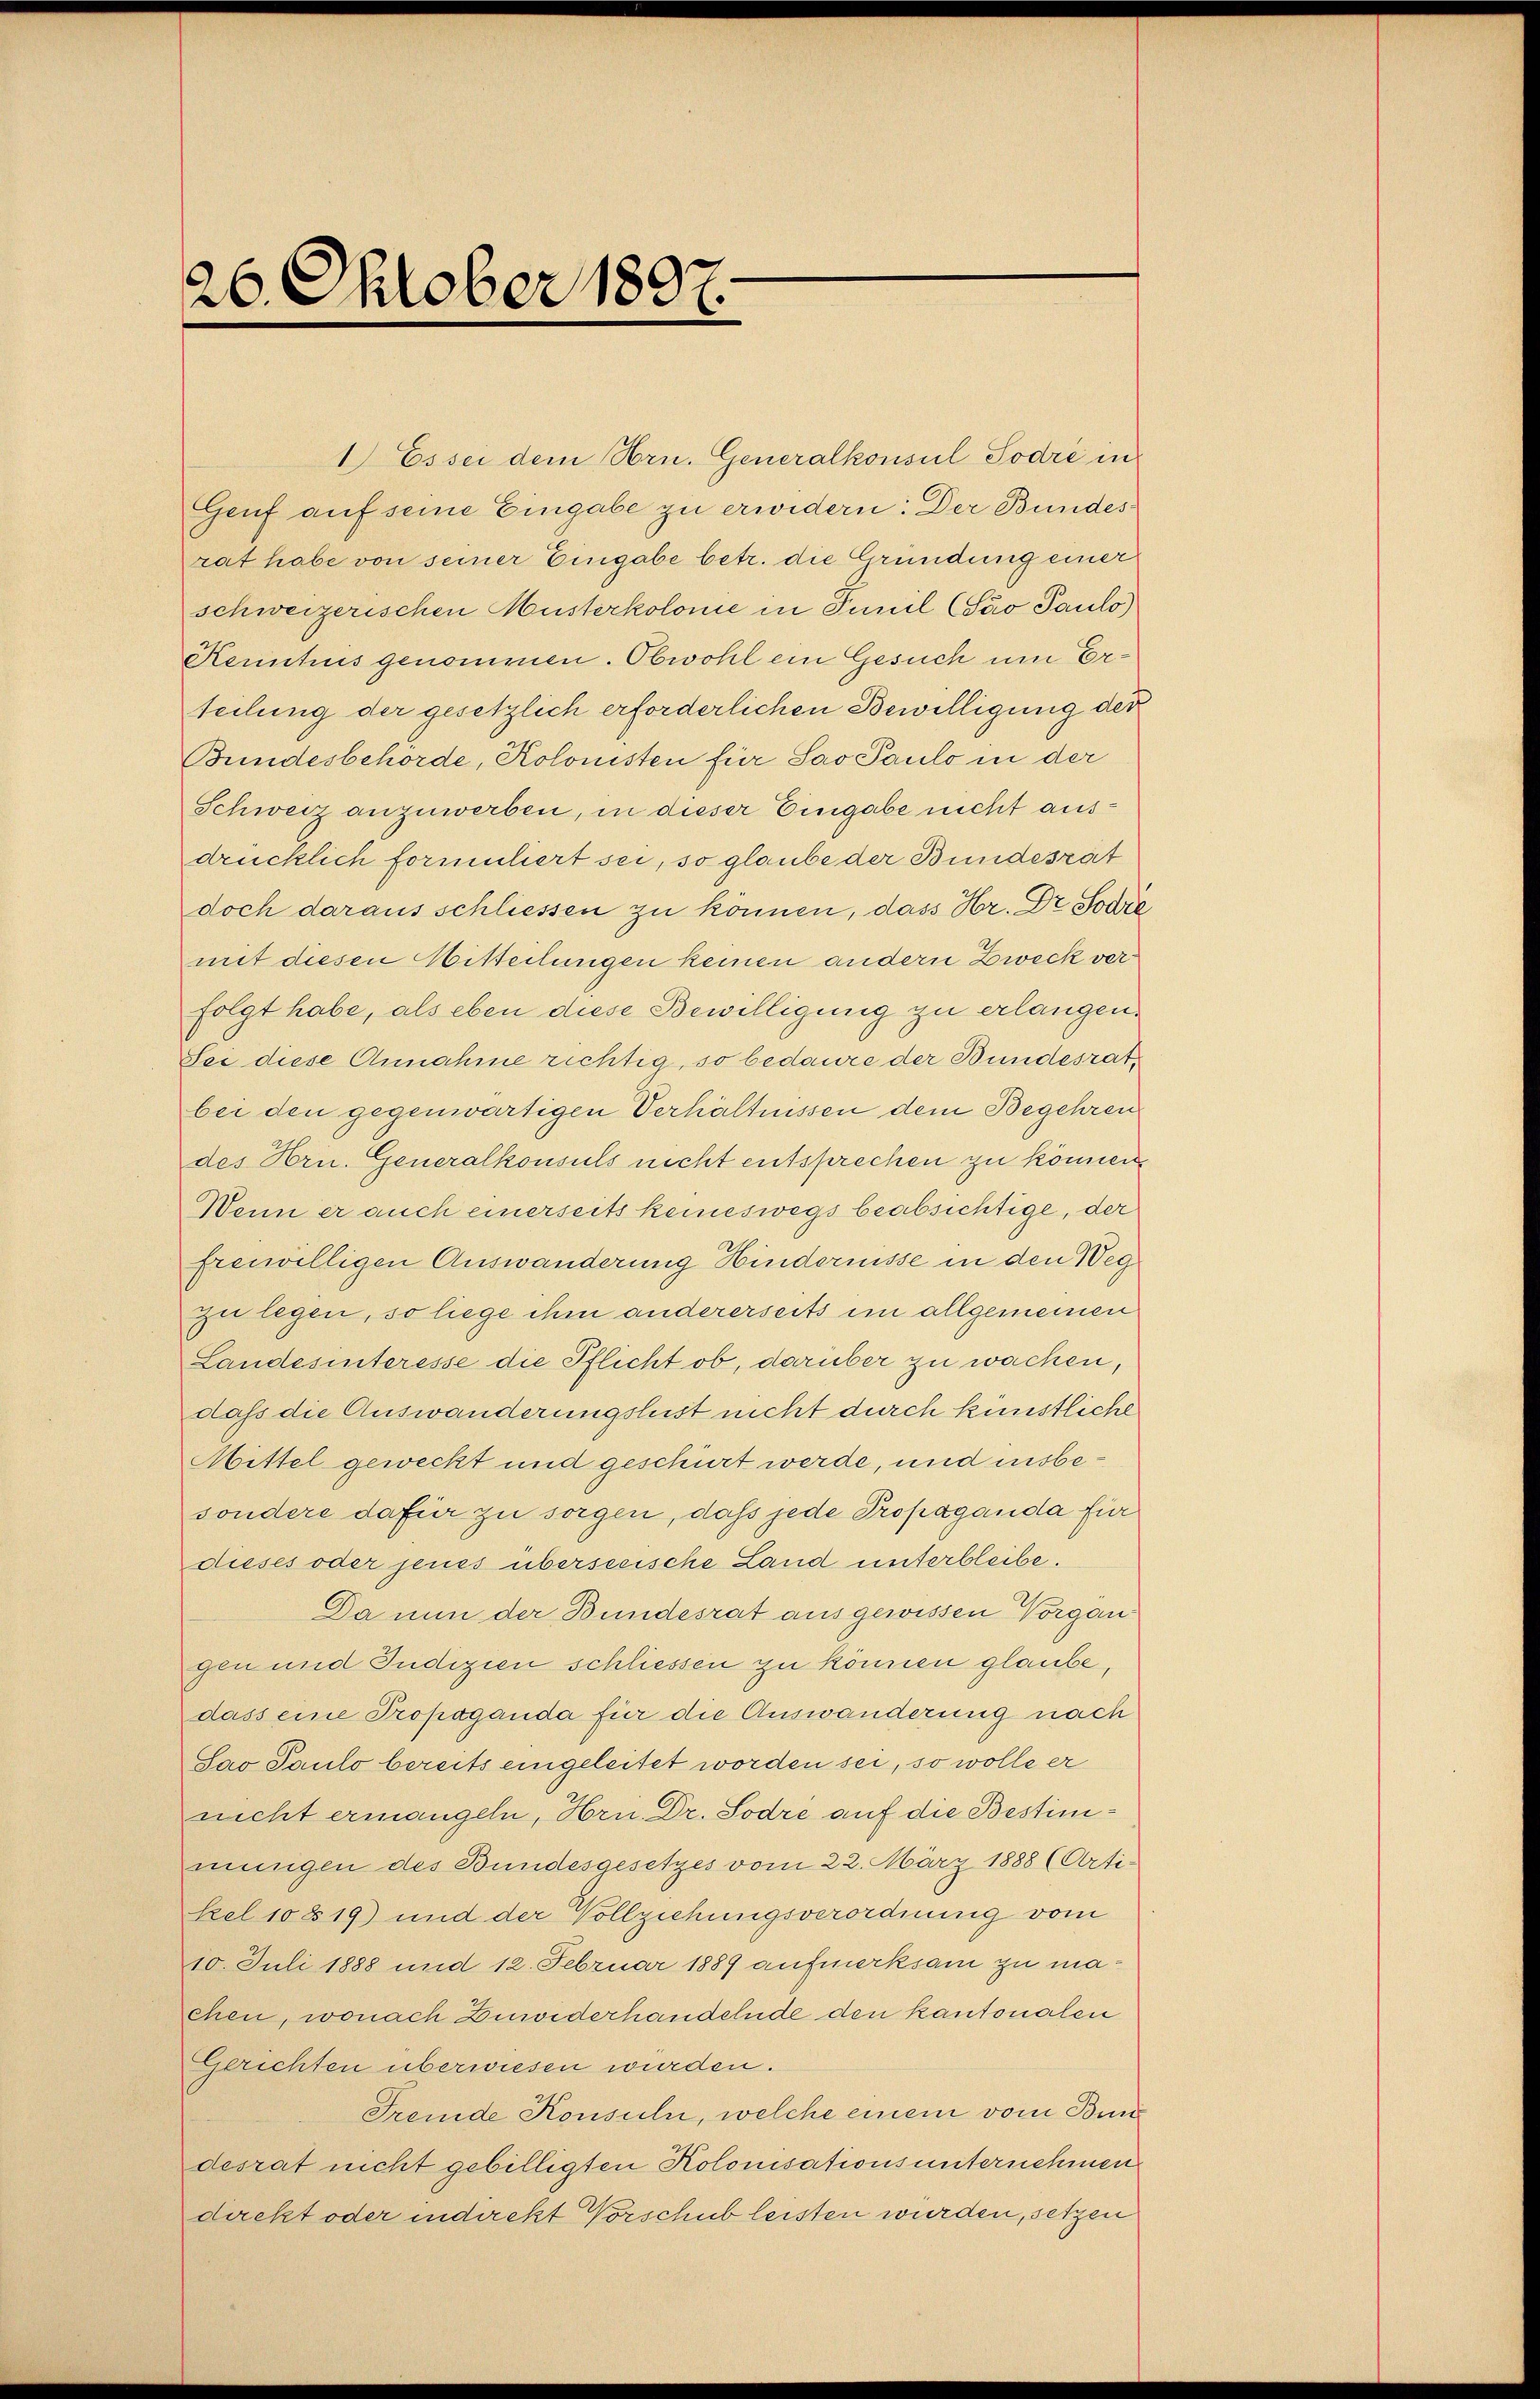
26. Oktober 1897.

1.) Es sei dem Hrn. Generalkonsul-Sodré in
Genf auf seine Eingabe zu erwidern: Der Bundes
rat habe von seiner Eingabe betr. die Gründung einer
schweizerischen Musterkolonie in Funil (Sao Paulo)
Kenntnis genommen. Obwohl ein Gesuch um Erteilung der gesetzlich erforderlichen Bewilligung der
Bundesbehörde, Kolonisten für Sav Paulo in der
Schweiz anzuwerben, in dieser Eingabe nicht ausdrücklich formuliert sei, so glaube der Bundesrät
doch daraus schliessen zu können, dass Hr. Dr. Sodić
mit diesen Mitteilungen keinen andern Zweck verfolgt habe, als eben diese Bewilligung zu erlangen.
Sei diese Annahme richtig, so bedaure der Bundesrat
bei den gegenwärtigen Verhältnissen dem Begehren
des Hrn. Generalkonsuls nicht entsprechen zu können
Wenn er auch einerseits keineswegs beabsichtige, der
freiwilligen Auswanderung Hindernisse in den Weg
zu legen, so liege ihm andererseits im allgemeinen
Landesinteresse die Pflicht ob, darüber zu wachen,
dass die Auswanderungslust nicht durch künstliche
Mittel geweckt und geschürt werde, und insbesondere dafür zu sorgen, daß jede Propaganda für
dieses oder jenes überseeische Land unterbleibe.
Da nun der Bundesrat ausgewissen Vorgangen und Judizien schliessen zu können glaube,
dass eine Propaganda für die Auswanderung nach
Sao Paulo bereits eingeleitet worden sei, so wolle er
nicht ermangeln, Hrn. Dr. Sodré auf die Bestimmungen des Bundesgesetzes vom 22. März 1888 (Artikel 108 19) und der Vollziehungsverordnung vom
10. Juli 1888 und 12. Februar 1889 aufmerksam zu machen, wonach Zuwiderhandelnde den kantonalen
Gerichten überwiesen wurden.
Fremde Konsuln, welche einem vom Bund
desrat nicht gebilligten Kolonisationsunternehmen
dackt oder indirekt Vorschub leisten wurden, setzen